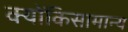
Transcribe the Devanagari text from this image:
क्योंकिसामान्य